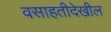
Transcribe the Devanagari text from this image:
वसाहतीदेखील